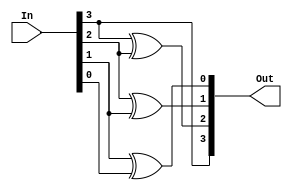
module bcdToGray_gate(Out, In);
  input [3:0]In;
  output [3:0]Out;
  
  buf g0(Out[3], In[3]);
  xor g1(Out[2], In[3], In[2]);
  xor g2(Out[1], In[2], In[1]);
  xor g3(Out[0], In[1], In[0]);
endmodule